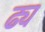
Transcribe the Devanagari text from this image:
ढ्य